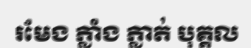
រមែង ភ្លាំង ភ្លាត់ បុគ្គល